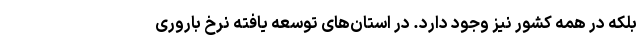
بلکه در همه کشور نیز وجود دارد. در استان‌های توسعه یافته نرخ باروری